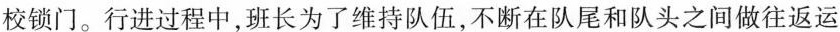
校锁门。行进过程中，班长为了维持队伍，不断在队尾和队头之间做往返运